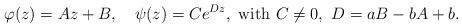
LaTeX: \begin{align*}\varphi(z)=Az+B,\quad\psi(z) = Ce^{Dz},\ \hbox{with $C\ne 0,\ D=aB-bA+b$}.\end{align*}